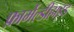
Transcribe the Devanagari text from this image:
फ़ार्मेल्डीहाइड